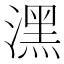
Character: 潶